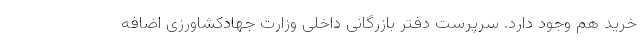
خرید هم وجود دارد. سرپرست دفتر بازرگانی داخلی وزارت جهادکشاورزی اضافه